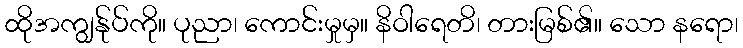
ထိုအကျွန်ုပ်ကို။ ပုညာ၊ ကောင်းမှုမှ။ နိဝါရေတိ၊ တားမြစ်၏။ သော နရော၊